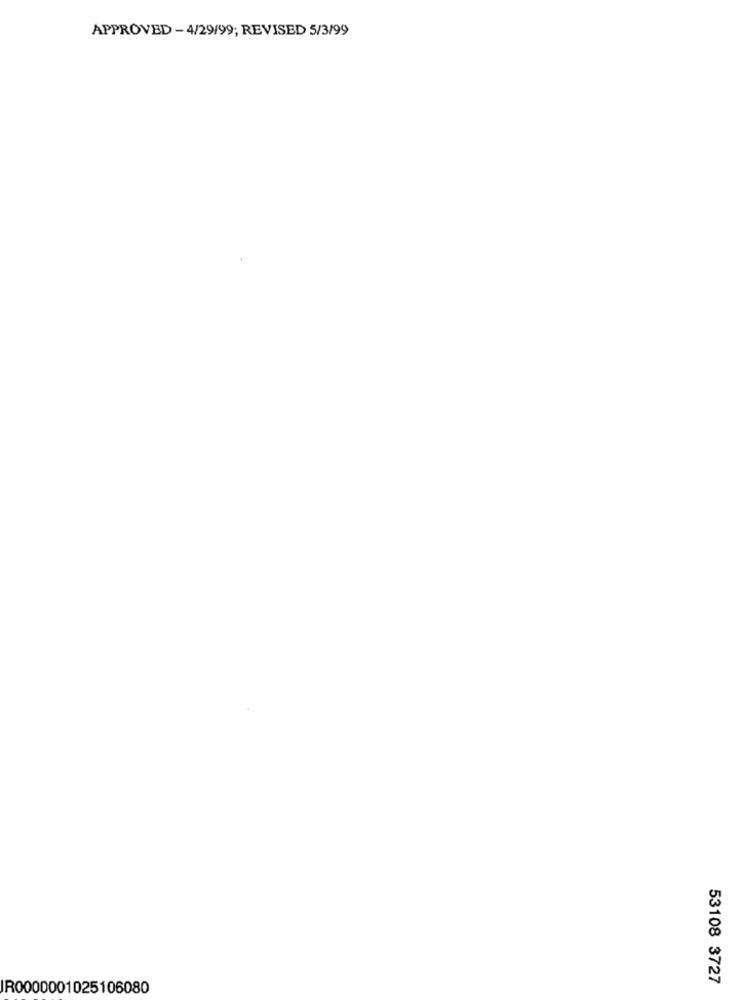
APPROVED -4/29/99; REVISED 5/3/99
53108 3727
IR0000001025106080